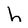
Character: h